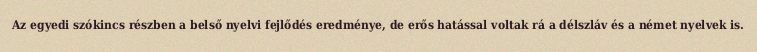
Az egyedi szókincs részben a belső nyelvi fejlődés eredménye, de erős hatással voltak rá a délszláv és a német nyelvek is.